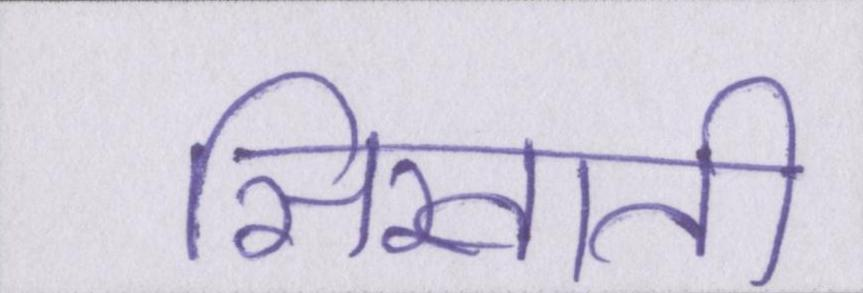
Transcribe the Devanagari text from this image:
सिखाती